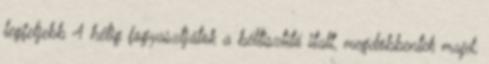
legfeljebb 4 hétig fogyasztjátok a béltisztító italt, megdöbbentek majd,